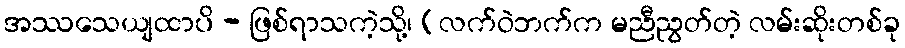
အဿသေယျထာပိ - ဖြစ်ရာသကဲ့သို့၊ (လက်ဝဲဘက်က မညီညွတ်တဲ့ လမ်းဆိုးတစ်ခု